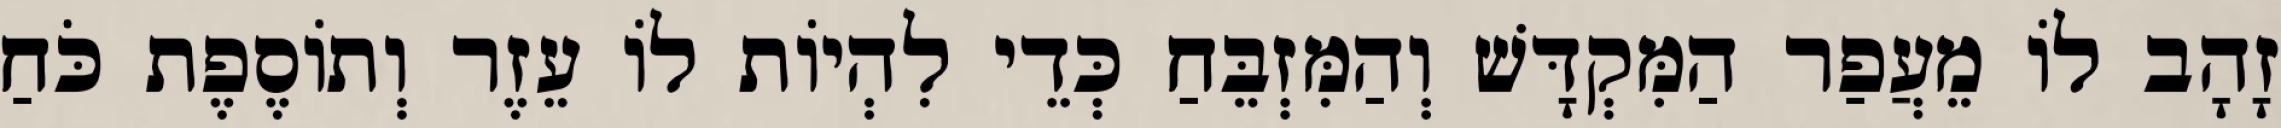
זָהָב לוֹ מֵעֲפַר הַמִּקְדָּשׁ וְהַמִּזְבֵּחַ כְּדֵי לִהְיוֹת לוֹ עֵזֶר וְתוֹסֶפֶת כֹּחַ